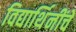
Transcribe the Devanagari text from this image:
विद्यार्थिनींचे